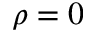
\rho = 0